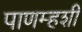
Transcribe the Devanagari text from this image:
पाणम्हशी